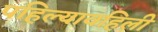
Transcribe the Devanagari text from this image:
पहिल्यावहिली